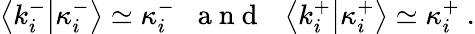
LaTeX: \begin{array}{r}{\left\langle k_{i}^{-}\middle|\kappa_{i}^{-}\right\rangle\simeq\kappa_{i}^{-}\; \; \mathrm{~a~n~d~}\; \; \left\langle k_{i}^{+}\middle|\kappa_{i}^{+}\right\rangle\simeq\kappa_{i}^{+}\ .}\end{array}